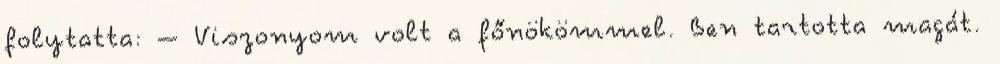
folytatta: – Viszonyom volt a főnökömmel. Ben tartotta magát.